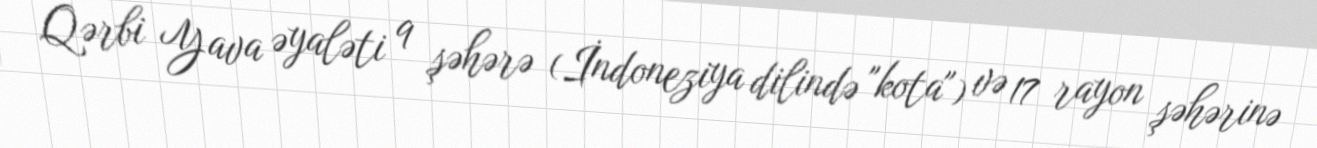
Qərbi Yava əyaləti 9 şəhərə (İndoneziya dilində "kota") və 17 rayon şəhərinə